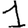
Digit: 1